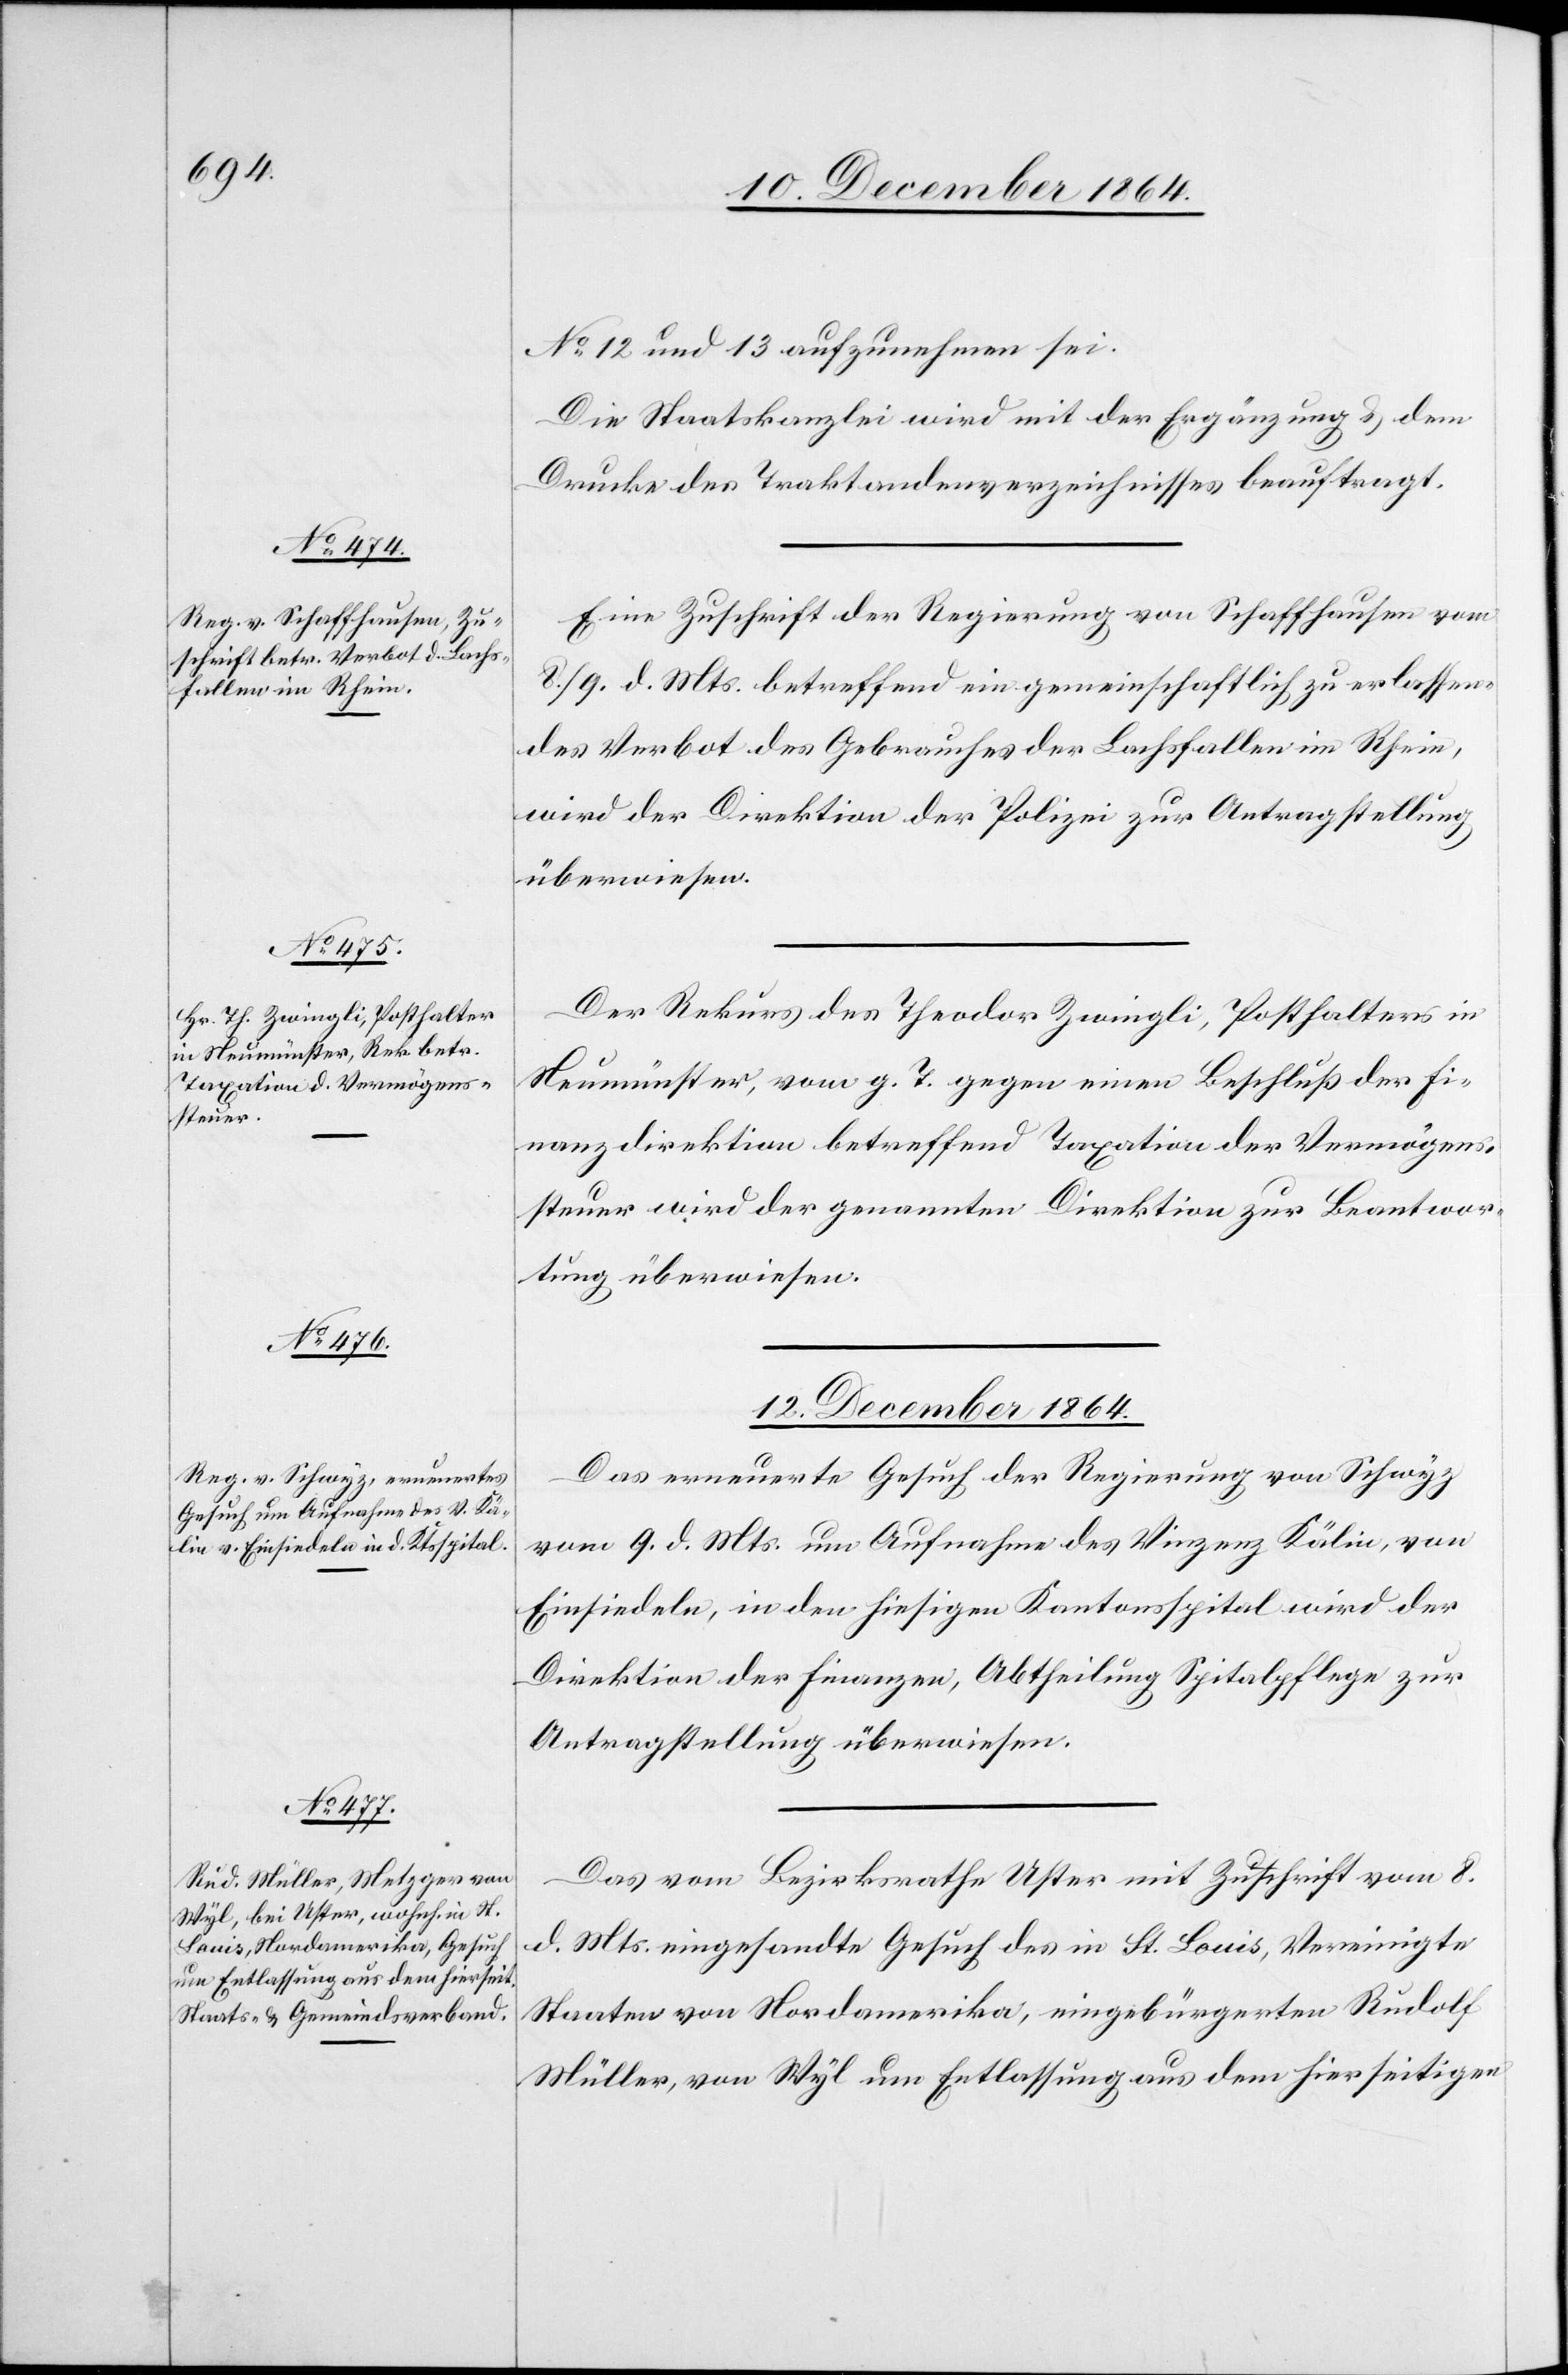
No 21 und 13 aufzunehmen sei.
Die Staatskanzlei wird mit der Ergänzung & dem
Drucke des Traktandenverzeichnisses beauftragt.
Eine Zuschrift der Regierung von Schaffhausen vom
8./9. d. Mts. betreffend ein gemeinschaftlich zu erlassen¬
des Verbot des Gebrauches der Lachsfallen im Rhein,
wird der Direktion der Polizei zur Antragstellung
überwiesen.
Der Rekurs des Theodor Zwingli, Posthalter in
Neumünster, vom g. T. gegen einen Beschluß der Fi¬
nanzdirektion betreffend Taxation der Vermögens¬
steuer wird der genannten Direktion zur Beantwor¬
tung überwiesen.
12. December 1864.]
Das erneuerte Gesuch der Regierung von Schwyz
vom 9. d. Mts. um Aufnahme des Vinzenz Kälin, von
Einsiedeln, in den hiesigen Kantonsspital wird der
Direktion der Finanzen, Abtheilung Spitalpflege zur
Antragstellung überwiesen.
Das vom Bezirksrathe Uster mit Zuschrift vom 8.
d. Mts. eingesandte Gesuch des in St. Louis, Vereinigte
Staaten von Nordamerika, eingebürgerten Rudolf
Müller, von Wyl um Entlassung aus dem hierseitigen